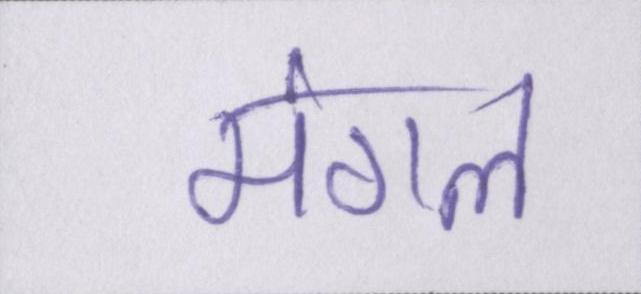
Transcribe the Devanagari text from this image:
मंगल